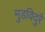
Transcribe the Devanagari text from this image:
मुडविदुरै